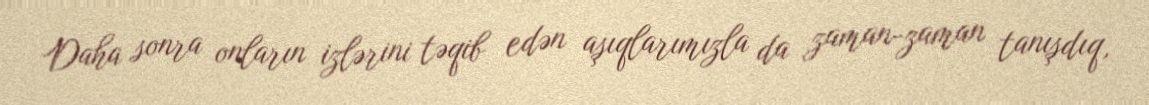
Daha sonra onların izlərini təqib edən aşıqlarımızla da zaman-zaman tanışdıq,